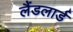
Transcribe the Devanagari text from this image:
लैंडलार्ड